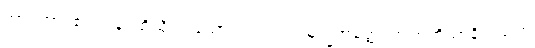
အာဂတာ၊ ၏။ ပန၊ ထိုသို့လာသော် လည်း။ ဣမသ္မိံအတ္ထေ၊ ဤအဘိညာနိသံသဟု